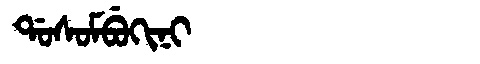
Manchu: ᡩᠣᠰᠣᠮᠪᡠᡴᡳᠨᡳ
Romanization: DOSOMBUKINI